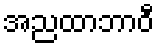
အညထာဘာဝီ